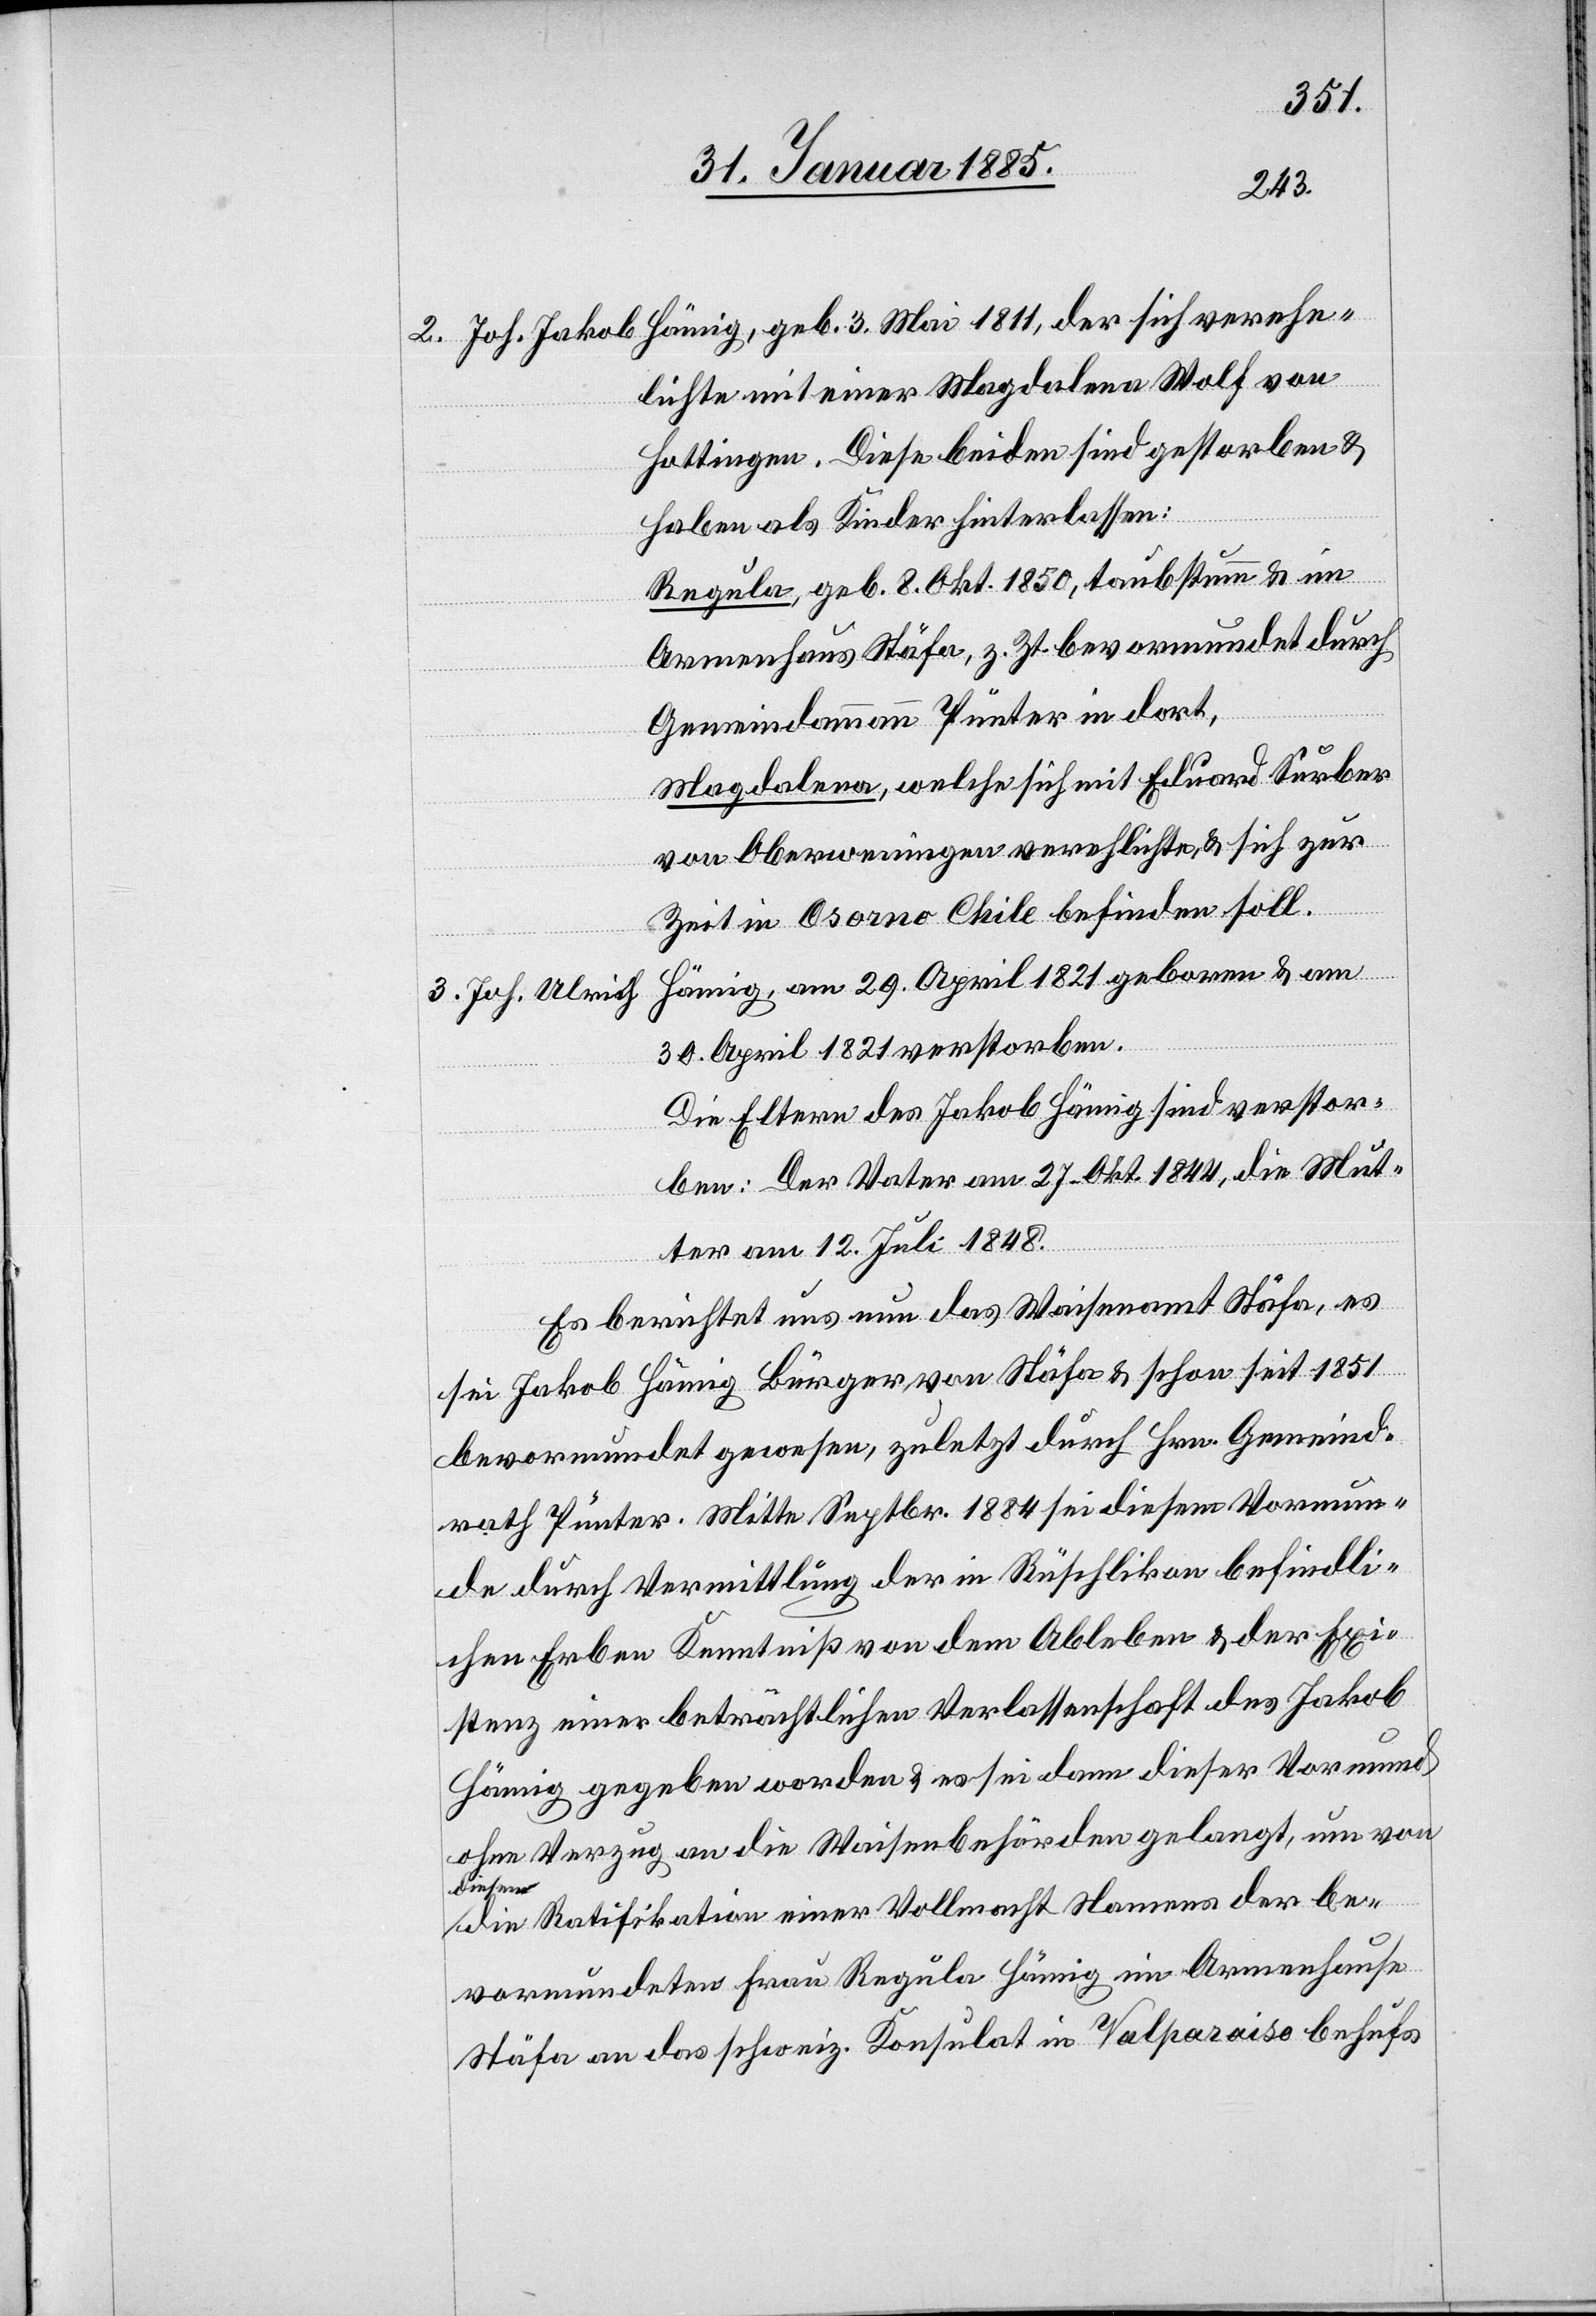
2. Joh. Jakob Hämig, geb. 3. Mai 1811, der sich verehe¬
lichte mit einer Magdalena Wolf von
Hottingen. Diese beiden sind gestorben &
haben als Kinder hinterlassen:
Regula, geb. 8. Okt. 1850, taubstumm & im
Armenhaus Stäfa, z. Zt. bevormundet durch
Gemeindammann Pünter in dort,
Magdalena, welche sich mit Eduard Surber
von Oberweningen verehelichte, & sich zur
Zeit in Osorno Chile befinden soll.
Hämig, am 29. April 1821 geboren & am
3. Joh. Ulrich
30. April 1821 verstorben.
Die Eltern des Jakob Hämig sind verstor¬
ben: Der Vater am 27. Okt. 1844, die Mut¬
ter am 12. Juli 1848.
Es berichtet uns nun das Waisenamt Stäfa, es
sei Jakob Hämig Bürger von Stäfa & schon seit 1851
bevormundet gewesen, zuletzt durch Hrn. Gemeind¬
rath Pünter. Mitte Septbr. 1884 sei diesem Vormun¬
de durch Vermittlung der in Rüschlikon befindli¬
chen Erben Kenntniß von dem Ableben & der Exi¬
stenz einer beträchtlichen Verlassenschaft des Jakob
Hämig gegeben worden & es sei dann dieser Vormund
ohne Verzug an die Waisenbehörden gelangt, um von
diesem
die Ratifikation einer Vollmacht Namens der be¬
vormundeten Frau Regula Hämig im Armenhause
Stäfa an das schweiz. Konsulat in Valparaiso behufs